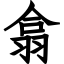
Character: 翕